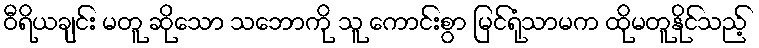
ဝီရိယချင်း မတူ ဆိုသော သဘောကို သူ ကောင်းစွာ မြင်ရုံသာမက ထိုမတူနိုင်သည့်